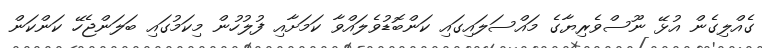
ގެއްލިގެން އުޅޭ ނޫސްވެރިޔާގެ މައްސަލައިގައި ކަންބޮޑުވެލައްވާ ކަމަށާއި ފުލުހުން މިކަމުގައި ބަލަންޖެހޭ ކަންކަން